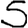
Digit: 5